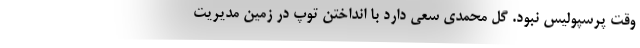
وقت پرسپولیس نبود. گل محمدی سعی دارد با انداختن توپ در زمین مدیریت